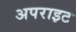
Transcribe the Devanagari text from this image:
अपराइट